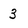
Character: 3